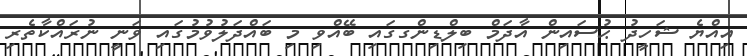
އިއްޔެ ޝަހީދު ޙުސައިން އާދަމް ބިލްޑިންގގައި ބޭއްވި މި ބައްދަލުވުމުގައި ވަނީ ނުރައްކާތެރި